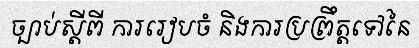
ច្បាប់ស្តីពី ការរៀបចំ និងការប្រព្រឹត្តទៅនៃ